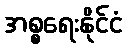
အစ္စရေးနိုင်ငံ